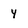
Character: y